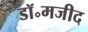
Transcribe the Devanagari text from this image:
डॉ॰मजीद